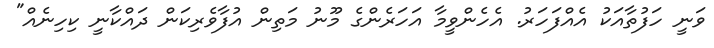
ވަނީ ހަފުތާއަކު އެއްފަހަރު. އެހެންވީމާ އަހަރެންގެ މޫނު މަތިން އުފާވެރިކަން ދައްކާނީ ކިހިނެއް"